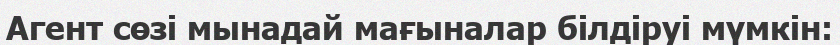
Агент сөзі мынадай мағыналар білдіруі мүмкін: